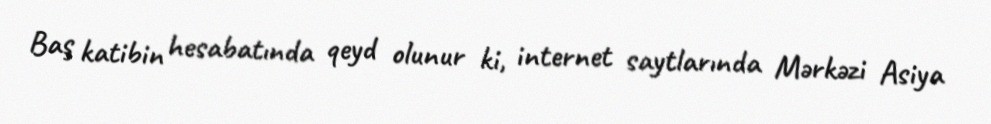
Baş katibin hesabatında qeyd olunur ki, internet saytlarında Mərkəzi Asiya